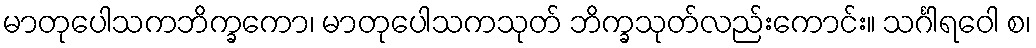
မာတုပေါသကဘိက္ခကော၊ မာတုပေါသကသုတ် ဘိက္ခသုတ်လည်းကောင်း။ သင်္ဂါရဝေါ စ၊